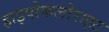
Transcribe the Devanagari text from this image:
हाइपोकलोराइट